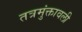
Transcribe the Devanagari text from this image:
तत्रमुंक्तावली